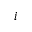
^ Ḋ i Ḍ